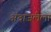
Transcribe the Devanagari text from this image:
अंदाजलेला